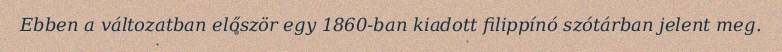
Ebben a változatban először egy 1860-ban kiadott filippínó szótárban jelent meg.